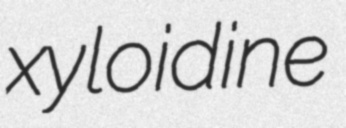
xyloidine